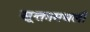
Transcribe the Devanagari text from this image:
सूक्तामधली